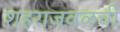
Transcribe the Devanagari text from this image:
शहराजवळची